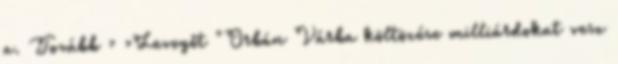
a. Tovább › ›Levegőt "Orbán Várba költözése milliárdokat vesz